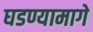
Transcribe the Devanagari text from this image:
घडण्यामागे